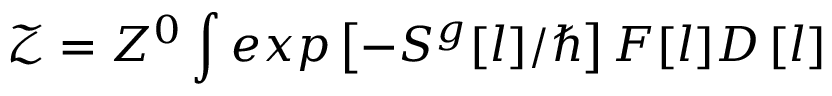
\mathcal { Z } = Z ^ { 0 } \int e x p \left[ - S ^ { g } [ l ] / \hbar \right] F [ l ] D \left[ l \right]